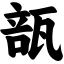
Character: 瓿